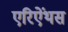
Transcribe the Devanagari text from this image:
एरिऐंथस